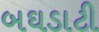
બઘડાટી